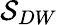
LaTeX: \mathcal{S}_{DW}